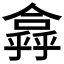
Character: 𠏸